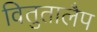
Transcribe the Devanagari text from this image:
वितुतालैप